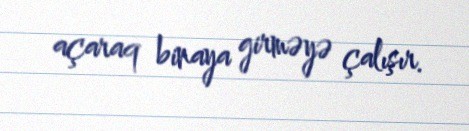
açaraq binaya girməyə çalışır.